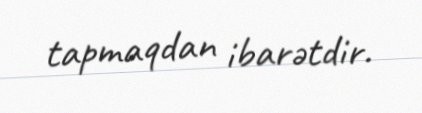
tapmaqdan ibarətdir.